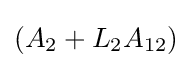
(A_{2}+L_{2}A_{12})